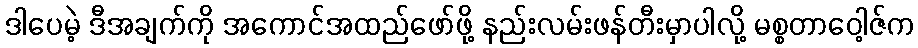
ဒါပေမဲ့ ဒီအချက်ကို အကောင်အထည်ဖော်ဖို့ နည်းလမ်းဖန်တီးမှာပါလို့ မစ္စတာဝေါ့ဇ်က